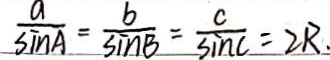
\frac { a } { \sin A } = \frac { b } { \sin B } = \frac { c } { \sin C } = 2 R .